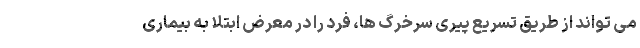
می تواند از طریق تسریع پیری سرخرگ ها، فرد را در معرض ابتلا به بیماری